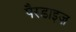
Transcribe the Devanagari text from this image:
पैरडाइज़